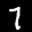
Label: 7